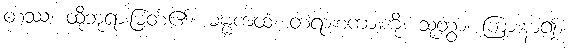
တဿ၊ ထိုဘုရားမြတ်၏။ ဓမ္မကထံ၊ တရားစကားကို။ သုတွာ၊ ကြားနာ၍။